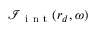
\boldsymbol { \mathcal { I } } _ { \mathrm { ~ i ~ n ~ t ~ } } ( \boldsymbol { r } _ { d } , \omega )